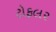
ટોફલર